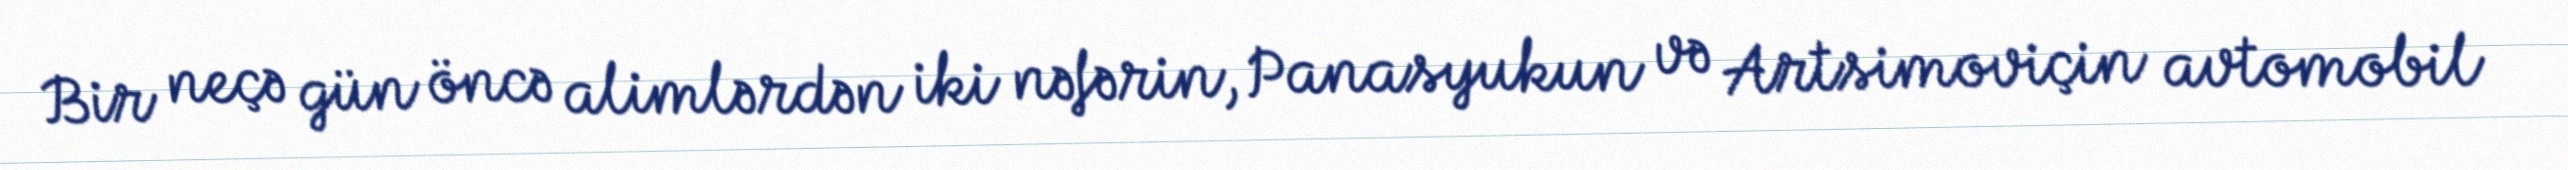
Bir neçə gün öncə alimlərdən iki nəfərin, Panasyukun və Artsimoviçin avtomobil